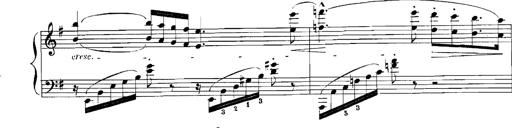
Title: Rhapsodies hongroises
Composer: Franz Liszt